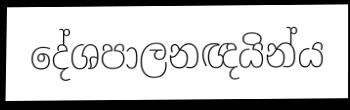
දේශපාලනඥයින්ය